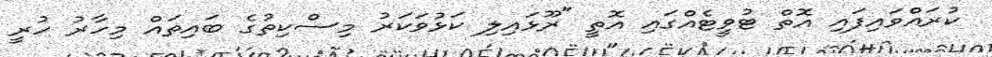
ކުރައްވައިފައި އޮތް ޓުވީޓެއްގައި އޮތީ "ރޫޅައިލި ކަޅުވަކަރު މިސްކިތުގެ ބައިތައް މިހާރު ހުރީ